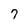
Character: 7